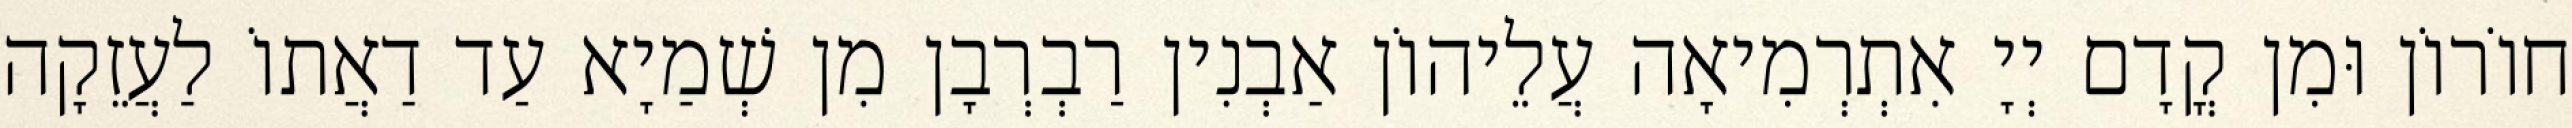
חוֹרוֹן וּמִן קֳדָם יְיָ אִתְרְמִיאָה עֲלֵיהוֹן אַבְנִין רַבְרְבָן מִן שְׁמַיָא עַד דַאֲתוֹ לַעֲזֵקָה